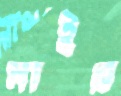
মাইর